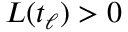
L ( t _ { \ell } ) > 0